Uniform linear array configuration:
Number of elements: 64
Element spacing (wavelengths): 0.5
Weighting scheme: cosine
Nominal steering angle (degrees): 45
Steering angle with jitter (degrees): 44.895
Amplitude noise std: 0.05
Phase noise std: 0.05

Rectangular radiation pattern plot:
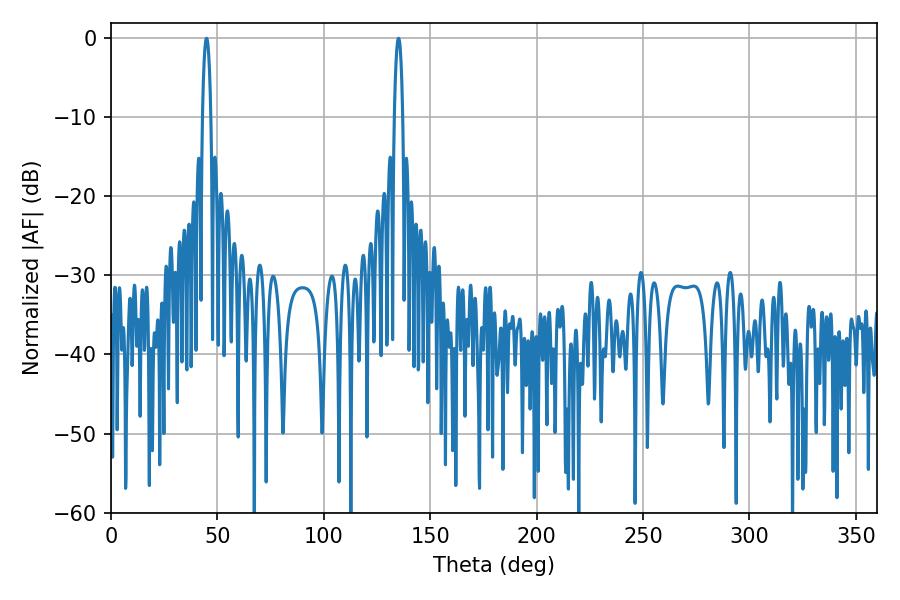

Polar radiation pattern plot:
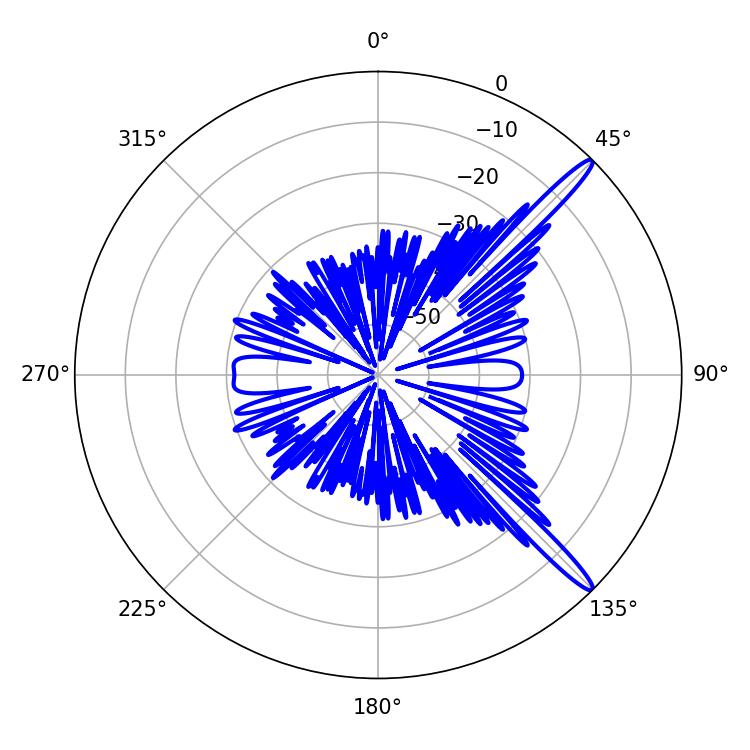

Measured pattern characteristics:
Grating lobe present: FALSE
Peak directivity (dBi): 15.041
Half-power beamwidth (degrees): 2.34
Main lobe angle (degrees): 44.82